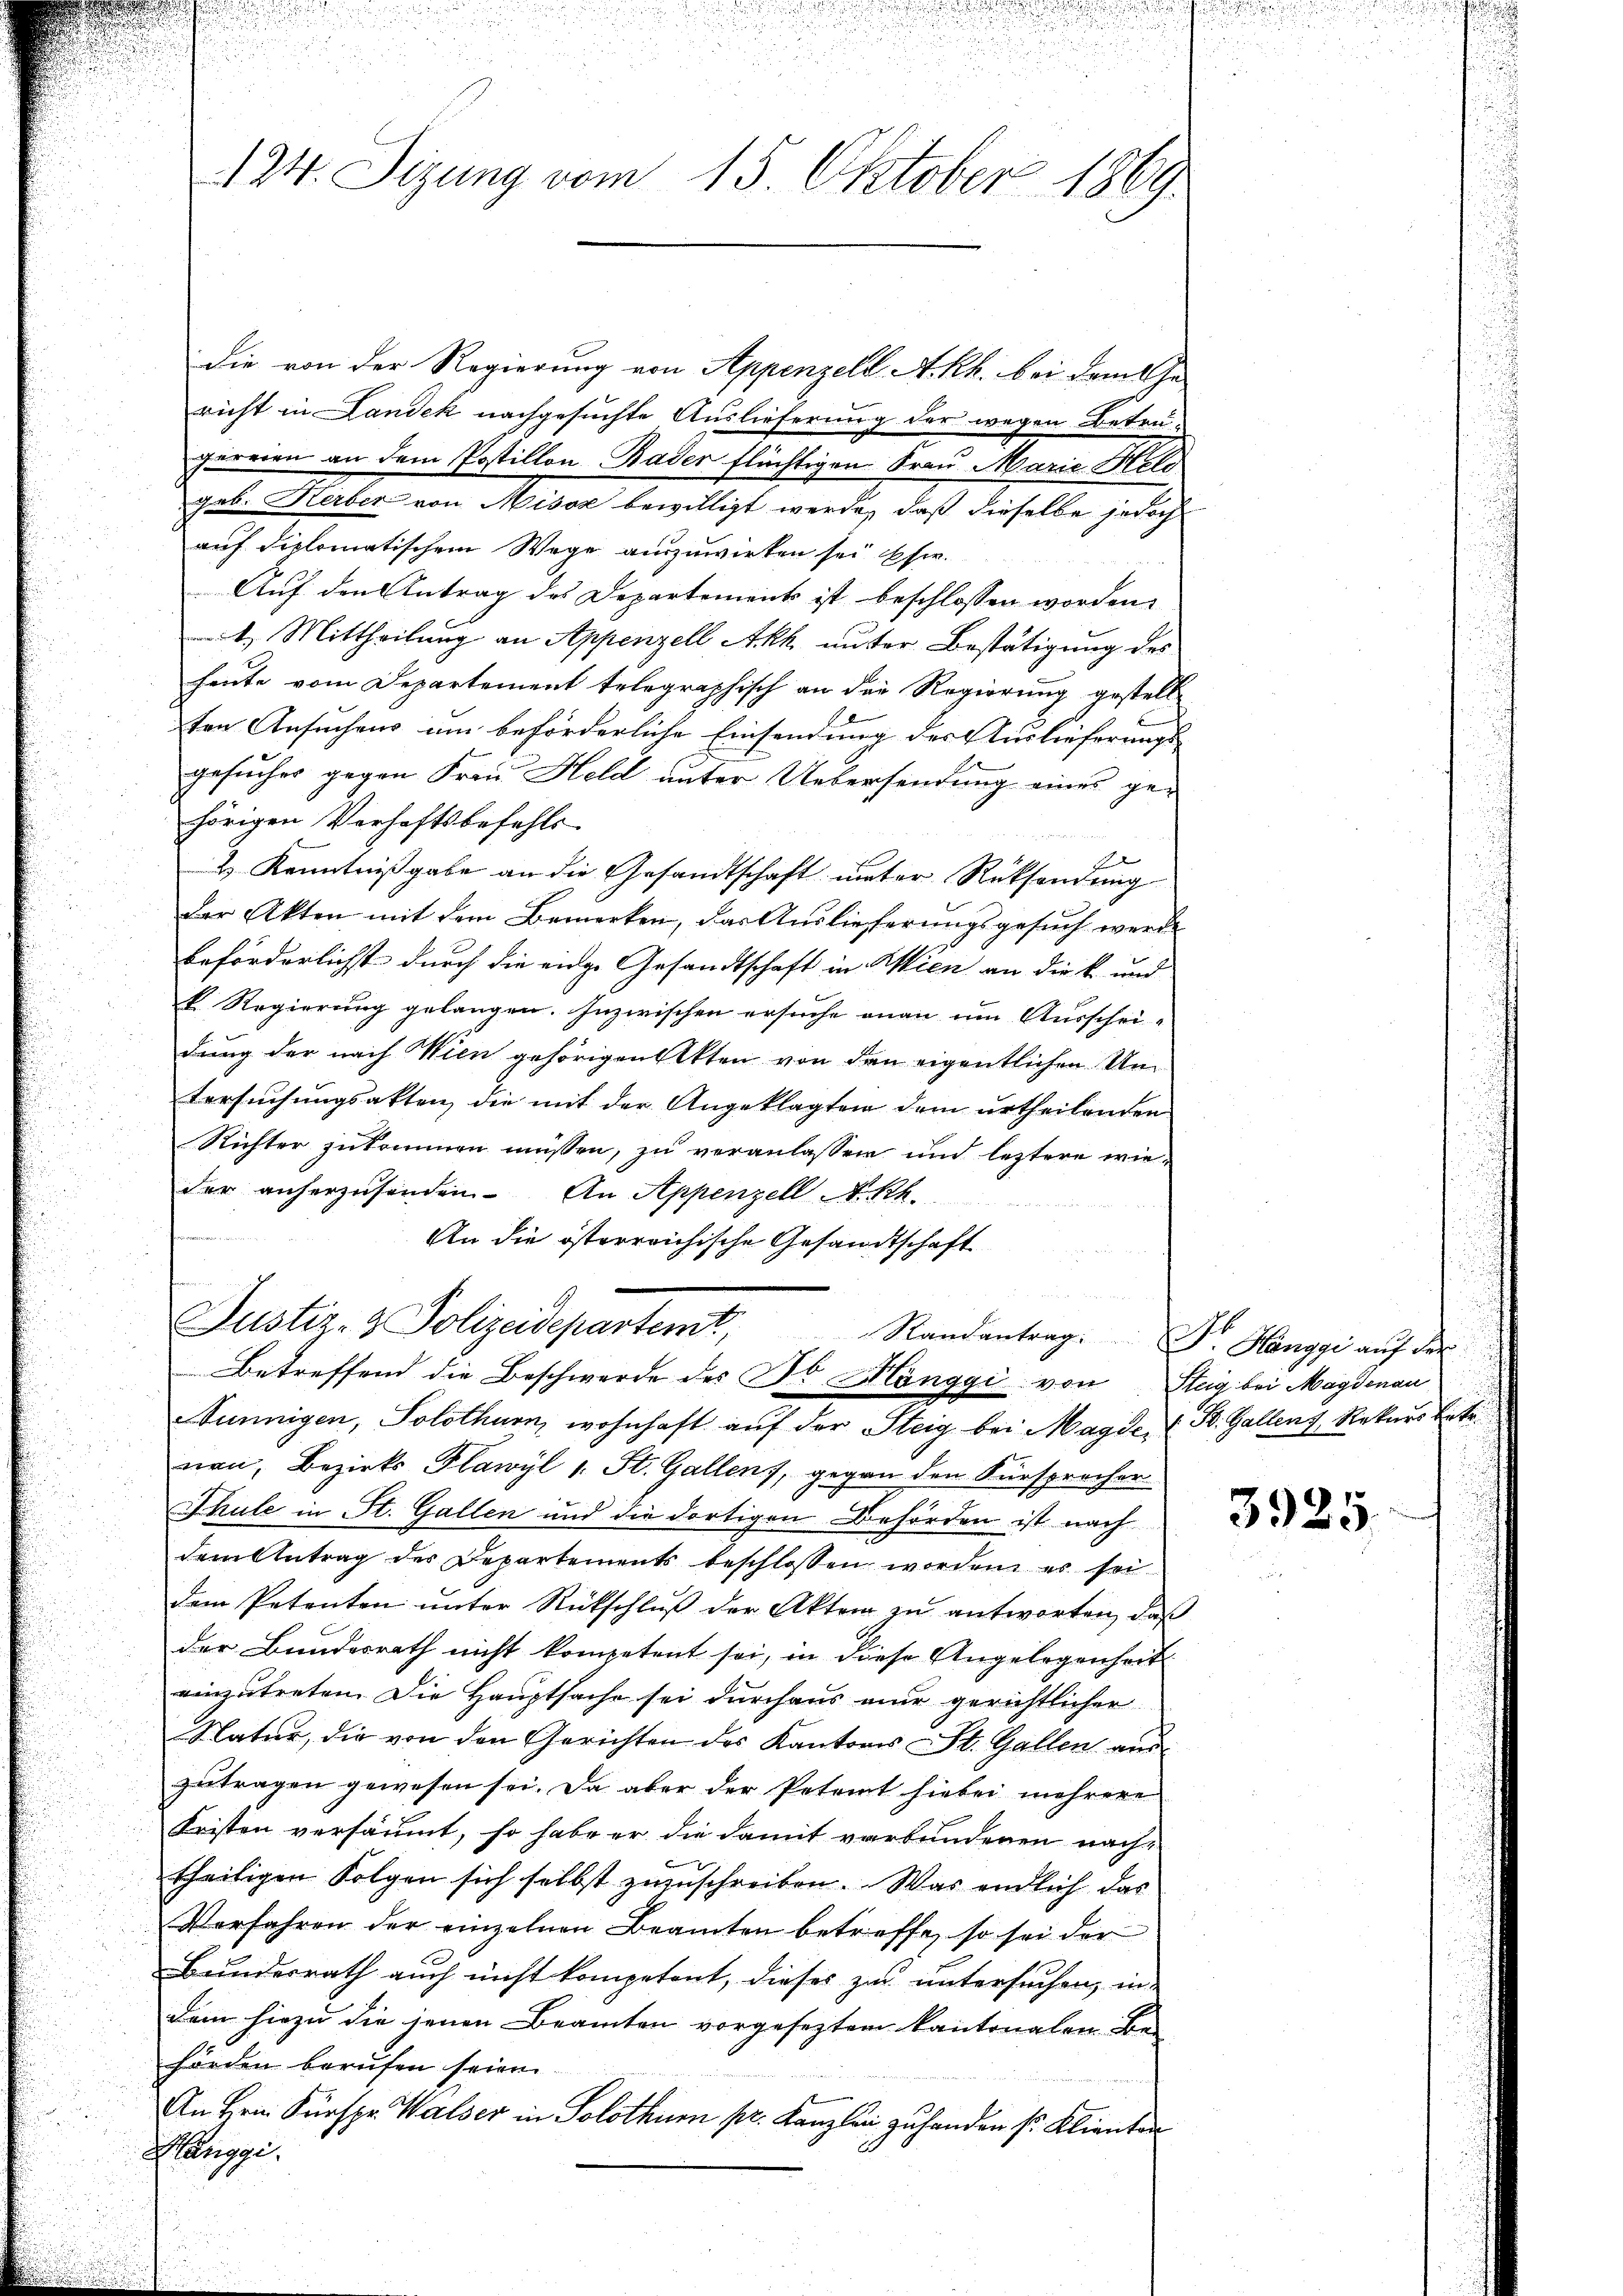
124. Sizung vom 15. Oktober 1869

die von der Regierung von Appenzell A.Rh. bei dem Ge-
richt in Landek nachgesuchte Auslieferung der wegen Betrugereien an dem Postillon Bader flüchtigen Frau Marie Held
geb. Herber von Misox bewilligt werde, daß dieselbe jedoch
auf diplomatischem Wege auszuwirken sei se
Auf den Antrag des Departements ist beschlossen worden.
4.) Mittheilung an Appenzell Akh. unter Bestätigung des
heute vom Departement telegraphisch an die Regierung gestell
ten Ansuchens um beförderliche Einsendung der Auslieferungsgesucher gegen Frau Held unter Uebersendung eines gehörigen Verhaftsbefehls-
2) Kenntnißgabe an die Gesandtschaft unter Rücksendung
der Akten mit dem Bemerken, das Auslieferungsgesuch werde
beförderlichst durch die eidge Gesandtschaft in Wien an die k. und
k. Regierung gelangen. Inzwischen ersuche anan um Ausschei-
dung der nach Wien gehörigen Akten von den eigentlichen Umtersuchungsakten, die mit der Angeklagten dem urtheilenden
Richter zukommen müssen, zu veranlassen und leztere wieder anherzusenden. An Appenzell A.Rh.
An die österreichische Gesandtschaft
n
Justiz- & Polizeidepartemt,
Randantrag. Dr. Hanggi auf der
Betreffend die Beschwerde des Dr. Mönggi von Steig bei Magdenan
Nunnigen, Solothurn, wohnhaft auf der Steig bei Magde (St. Gallenz, Rekurs betr.
non, Bezirks Flawyl 1. St. Gallen, gegen den Fürsprecher
Thule in St. Gallen und die dortigen Behörden ist nach
dem Antrag der Departements beschlossen worden, es sei
dem Petenten ŭnter Rückschlŭβ der Akten zŭ antworten, daß
der Bundesrath nicht kompetent sei, in diese Angelegenheit
einzutreten. Die Hauptsache sei durchaus nur gerichtlicher
Natur, die von den Gerichten des Kantons St. Gallen aus
zutragen gewesen sei. Da aber der Petent hiebei mehrere
Fristen versäumt, so habe er die damit verbundenen nach-
theiligen Folgen sich selbst zuzuschreiben. Was endlich das
Verfahren der einzelnen Beamten betreffe, so sei der
Bundesrath auch nicht kompetent, dieses zu untersuchen, in
dem hiezu die jenen Beamten vorgeseztem Kantonalen Behörden berufen seien.
An Hrn. Fürspr. Walser in Solothurn pr. Kanzlei zu handen s. Klienten
.
Hariggi.

3925.